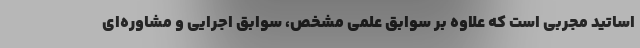
اساتید مجربی است که علاوه بر سوابق علمی مشخص، سوابق اجرایی و مشاوره‌ای